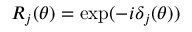
R _ { j } ( \theta ) = \exp ( - i \delta _ { j } ( \theta ) )